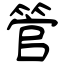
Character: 管